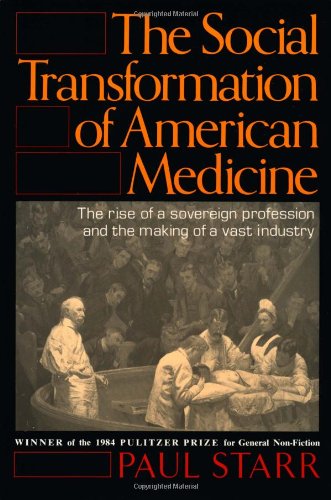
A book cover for The Social Transformation of American Medicine: The rise of a sovereign profession and the making of a vast industry; Paul Starr; Medical Books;